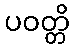
ပဝတ္တိ